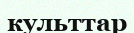
культтар